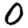
Digit: 0